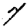
Digit: 7